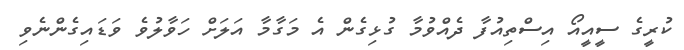
ކުރީގެ ސީއީއޯ އިސްތިއުފާ ދެއްވުމާ ގުޅިގެން އެ މަގާމާ އަލަށް ހަވާލުވެ ވަޑައިގެންނެވި